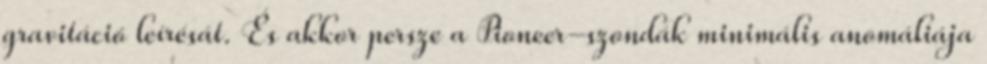
gravitáció leírésát. És akkor persze a Pioneer-szondák minimális anomáliája